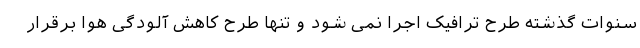
سنوات گذشته طرح ترافیک اجرا نمی شود و تنها طرح کاهش آلودگی هوا برقرار